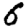
Digit: 6